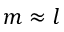
m \approx l